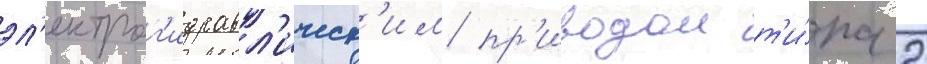
эл'ектрог'идравл'ическ'им пр'иводом т'и́па 2